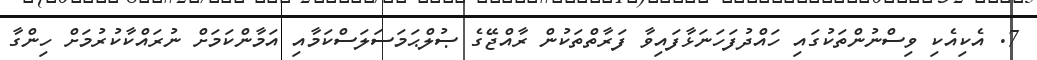
7. އެކިއެކި ވިސްނުންތަކުގައި ހައްދުފަހަނަޅާފައިވާ ފަރާތްތަކުން ރާއްޖޭގެ ޞުލްޙަމަސަލަސްކަމާއި އަމާންކަމަށް ނުރައްކާކުރުމަށް ހިންގާ